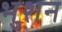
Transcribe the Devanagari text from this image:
भुशन